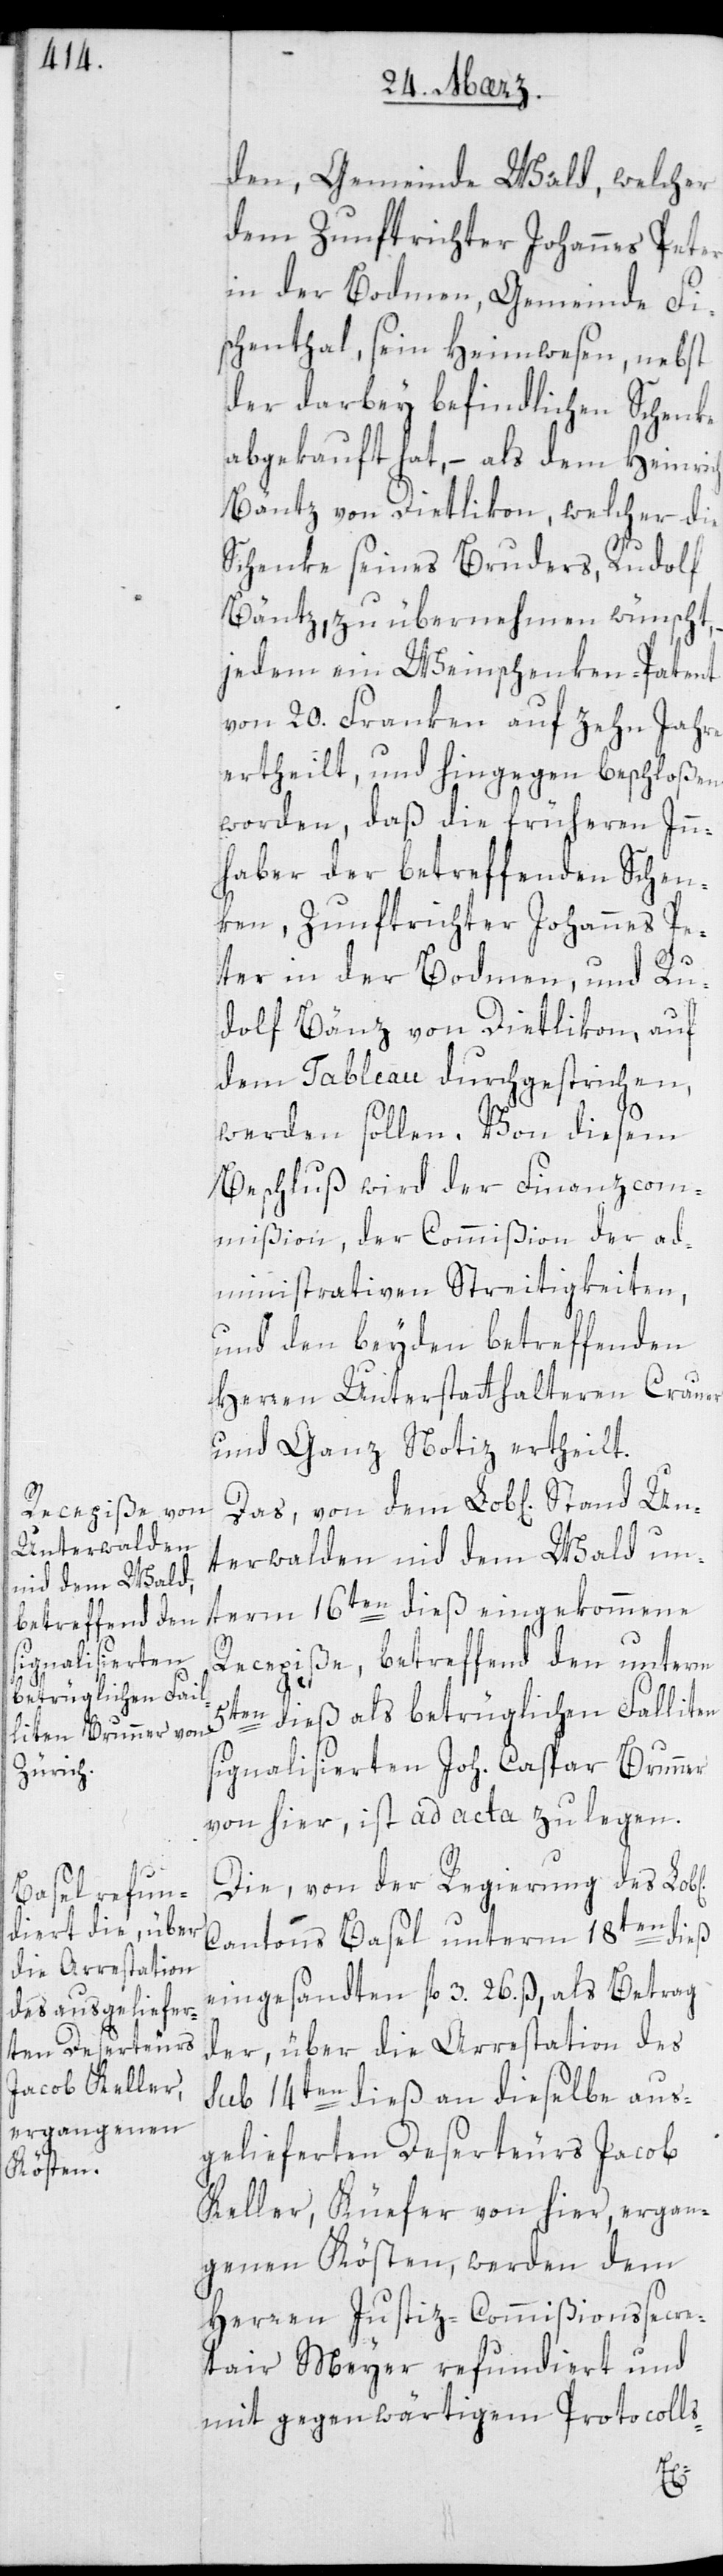
Unterwalden
nid dem Wald

den, Gemeinde Wald, welcher
dem Zunftrichter Johannes Peter
in der Bodmen, Gemeinde Fi¬
schenthal, sein Heimwesen nebst
der darbei befindlichen Schenke
abgekauft hat, – als dem Heinrich
Bäntz von Dietlikon, welcher die
Schenke seines Bruders, Rudolf
Bäntz, zu übernehmen wünscht,
jedem ein Weinschenken-Patent
von 20. Franken auf zehn Jahre
ertheilt, und hingegen beschloßen
worden, daß die früheren Inn¬
haber der betreffenden Schen¬
ken, Zunftrichter Johannes Pe¬
ter in der Bodmen und Ru¬
dolf Bänz von Dietlikon, auf
dem Tableau durchgestrichen,
werden sollen. Von diesem
Beschluß wird der Finanzcom¬
mißion, der Commißion der ad¬
ministrativen Streitigkeiten
und den beyden betreffenden
Herren Unterstatthalteren Crauer
und Ganz Notiz ertheilt.
unterm 16ten dieß eingekommene
Recepiße, betreffend den unterm
5ten dieß als betrüglichen Falliten
signalisierten Joh. Caspar Brunner
von hier, ist ad acta zu legen.
Die von der Regierung des
Cantons Basel unterm 18ten dieß
eingesandten fl 3. 26. ß, als Betrag
der über die Arrestation des
sub 14ten dieß an dieselbe aus¬
gelieferten Deserteurs Jacob
Keller, Küefer von hier, ergan¬
genen Kösten, werden dem
Herren Justiz-Commißionssecre¬
tair Meyer refundiert und
mit gegenwärtigem Protocolls-